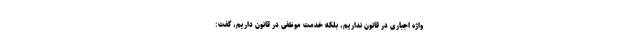
واژه اجباری در قانون نداریم، بلکه خدمت موظفی در قانون داریم، گفت: